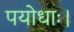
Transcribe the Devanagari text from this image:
पयोधाः।